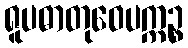
ရူပဓာတုဝေပက္ကဉ္စ